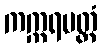
ကက္ကရပတ္တံ